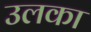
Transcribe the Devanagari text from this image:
उलका